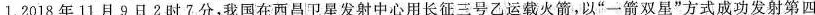
1.2018年11月9日2时7分，我国在西昌卫星发射中心用长征三号乙运载火箭，以”一箭双星”方式成功发射第四